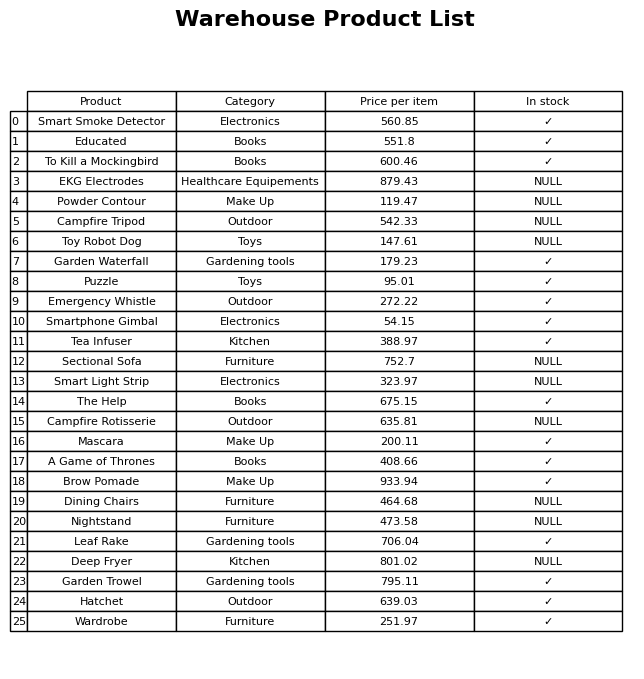
question: What is the price of the Educated?
answer: The price of Educated is 551.8.